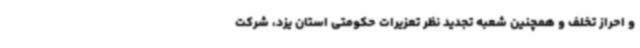
و احراز تخلف و همچنین شعبه تجدید نظر تعزیرات حکومتی استان یزد، شرکت